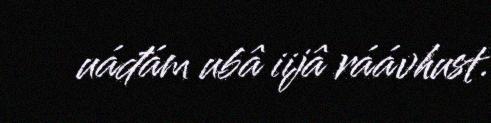
uáđám ubâ iijâ ráávhust.